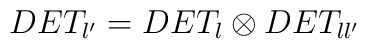
DET_{\l'}=  DET_{\l}\otimes DET_{\l\l'}